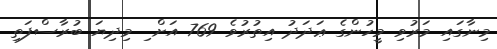
މިނާގައި މަރުވި މީހުންގެ ޢަދަދު އިތުރުވެ 769 އަށް ި މިދިޔަ ބުރާސްފަތި